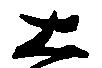
大